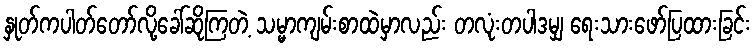
နှုတ်ကပါတ်တော်လို့ခေါ်ဆိုကြတဲ့ သမ္မာကျမ်းစာထဲမှာလည်း တလုံးတပါဒမျှ ရေးသားဖော်ပြထားခြင်း